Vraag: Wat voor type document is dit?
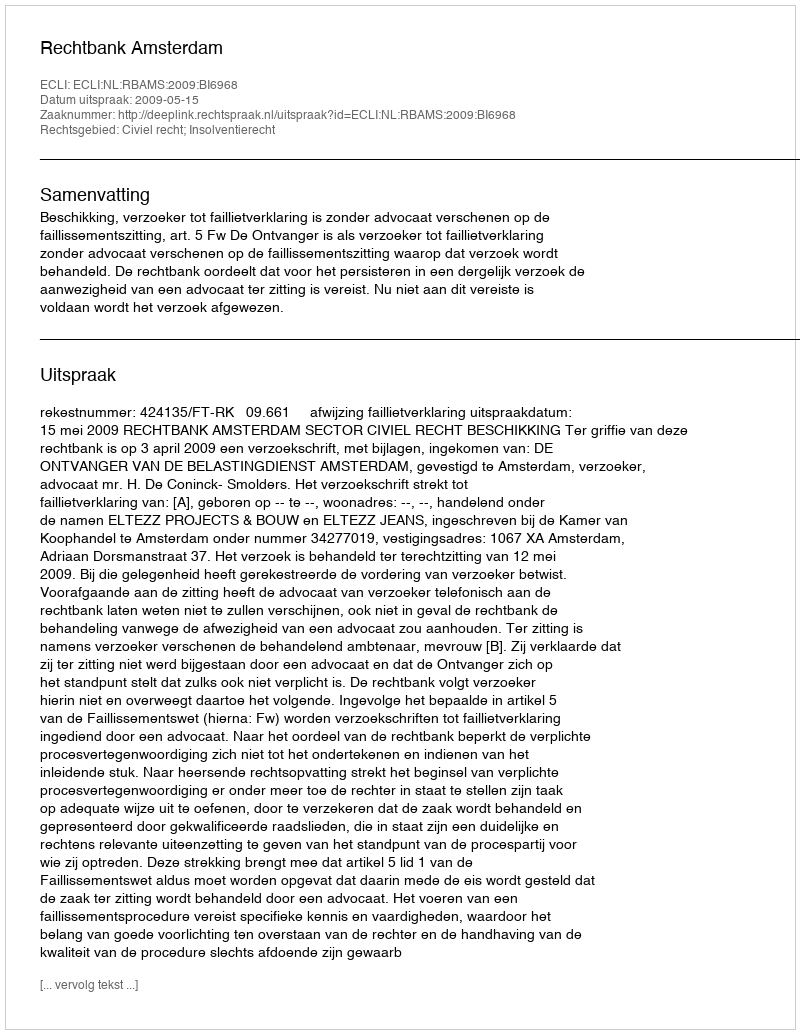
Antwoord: Uitspraak